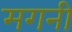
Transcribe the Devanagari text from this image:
मगनी